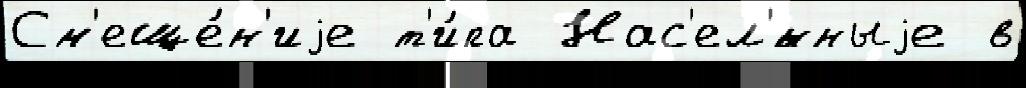
См'еще́н'иjе т'и́па Нас'ел'́нныjе в